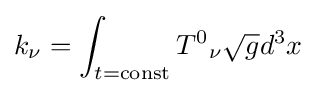
k_{\nu }=\int _{t={\text{const}}}{T^{0}}_{\nu }{\sqrt {g}}d^{3}x